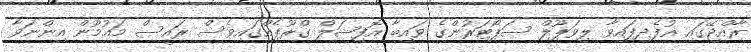
ރާއްޖޭގައި އުފެދިފައިވާ ލިވަޕޫލް ސަޕޯޓަރުންގެ ވައިބާ އޮފިޝަލް ގްރޫޕެއްގައިވެސް ރައީސް މައުމޫން އިންނަވާ